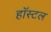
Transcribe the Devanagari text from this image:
हॉस्‍टल